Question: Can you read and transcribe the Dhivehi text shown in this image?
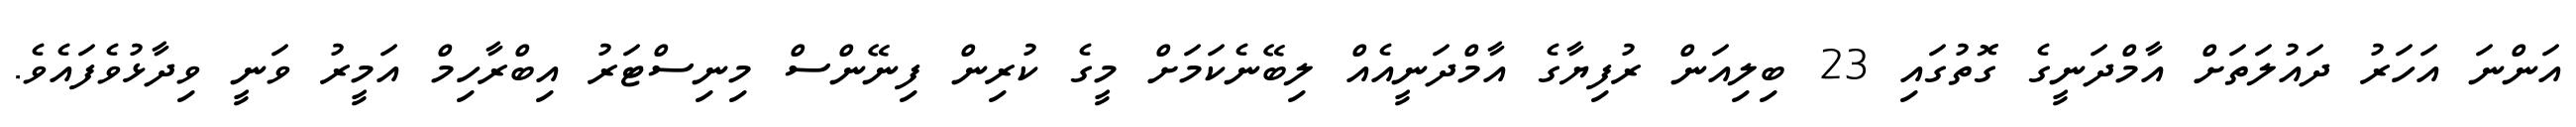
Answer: އަންނަ އަހަރު ދައުލަތަށް އާމްދަނީގެ ގޮތުގައި 23 ބިލިއަން ރުފިޔާގެ އާމްދަނީއެއް ލިބޭނެކަމަށް މީގެ ކުރިން ފިނޭންސް މިނިސްޓަރު އިބްރާހިމް އަމީރު ވަނީ ވިދާޅުވެފައެވެ.